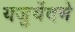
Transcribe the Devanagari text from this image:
यजुर्वेदमे